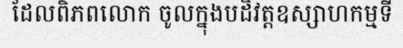
ដែលពិភពលោក ចូលក្នុងបដិវត្តឧស្សាហកម្មទី